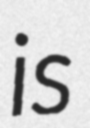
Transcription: is